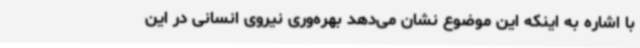
با اشاره به اینکه این موضوع نشان می‌دهد بهره‌وری نیروی انسانی در این